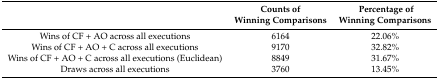
<table><thead><tr><td></td><td><b>Counts of Winning Comparisons</b></td><td><b> Percentage of Winning Comparisons</b></td></tr></thead><tbody><tr><td>Wins of CF + AO across all executions</td><td>6164</td><td>22.06%</td></tr><tr><td>Wins of CF + AO + C across all executions</td><td>9170</td><td>32.82%</td></tr><tr><td>Wins of CF + AO + C across all executions (Euclidean)</td><td>8849</td><td>31.67%</td></tr><tr><td>Draws across all executions</td><td>3760</td><td>13.45%</td></tr></tbody></table>